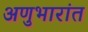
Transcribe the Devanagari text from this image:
अणुभारांत